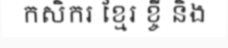
កសិករ ខ្មែរ ខ្ចី និង